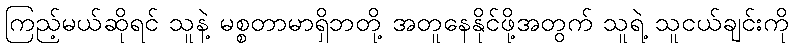
ကြည့်မယ်ဆိုရင် သူနဲ့ မစ္စတာမာရှိဘတို့ အတူနေနိုင်ဖို့အတွက် သူရဲ့ သူငယ်ချင်းကို